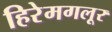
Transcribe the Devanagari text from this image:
हिरेमगलूर